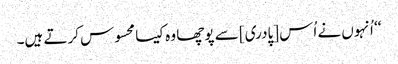
‘‘ اُنہوں نے اُس [پادری] سے پوچھا وہ کیسا محسوس کرتے ہیں۔